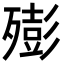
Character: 㱶